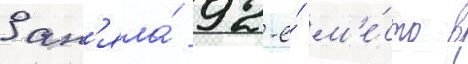
Зан'яла́ 92-е́ м'е́сто в